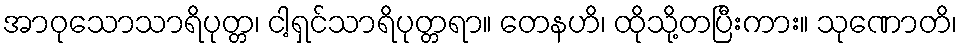
အာဝုသောသာရိပုတ္တ၊ ငါ့ရှင်သာရိပုတ္တရာ။ တေနဟိ၊ ထိုသို့တပြီးကား။ သုဏောတိ၊